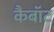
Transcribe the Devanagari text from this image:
कैबॉट